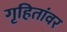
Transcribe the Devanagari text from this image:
गृहितांवर